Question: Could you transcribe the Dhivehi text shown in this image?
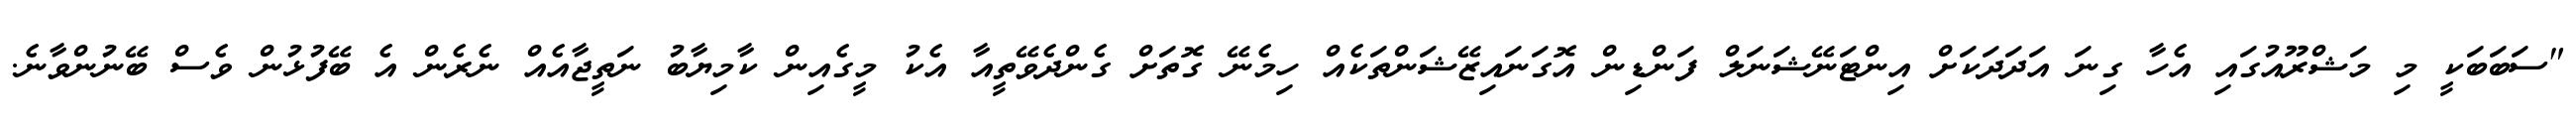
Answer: "ސަބަބަކީ މި މަޝްރޫއުގައި އެހާ ގިނަ އަދަދަކަށް އިންޓަނޭޝަނަލް ފަންޑިން އޮގަނައިޒޭޝަންތަކެއް ހިމެނޭ ގޮތަށް ގެންދެވޭތީއާ އެކު މީގެއިން ކާމިޔާބު ނަތީޖާއެއް ނެރެން އެ ބޭފުޅުން ވެސް ބޭނުންވާނެ.